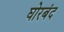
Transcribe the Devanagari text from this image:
घोरबंद